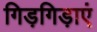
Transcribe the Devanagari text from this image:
गिड़गिड़ाएं